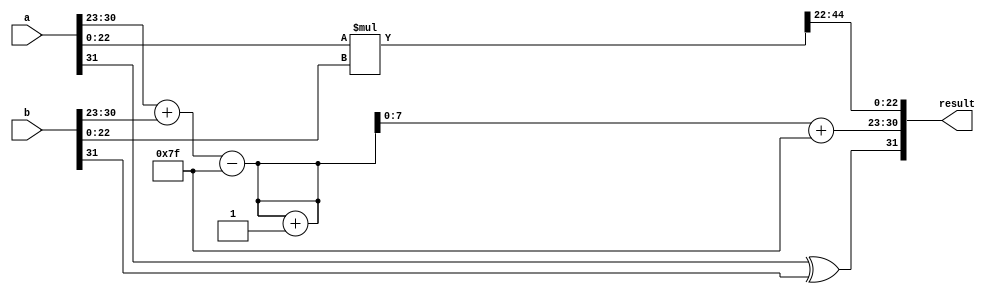
module floating_point_multiplier (
    input  wire [31:0] a,      // First floating-point number
    input  wire [31:0] b,      // Second floating-point number
    output wire [31:0] result   // Result of the multiplication
);

    // Extracting components of the input floating-point numbers
    wire sign_a        = a[31]; // Sign bit of first input
    wire sign_b        = b[31]; // Sign bit of second input
    wire [7:0] exponent_a = a[30:23]; // Exponent of first input
    wire [7:0] exponent_b = b[30:23]; // Exponent of second input
    wire [22:0] mantissa_a = {1'b1, a[22:0]}; // Normalized mantissa of first input (adding implicit leading 1)
    wire [22:0] mantissa_b = {1'b1, b[22:0]}; // Normalized mantissa of second input (adding implicit leading 1)

    // Intermediate signals
    wire sign_result = sign_a ^ sign_b; // Sign of the result
    wire [7:0] bias = 8'd127; // Bias for single precision
    wire [7:0] exponent_result;
    wire [47:0] mantissa_product; // 47-bit product for mantissa
    wire [24:0] normalized_mantissa; // 24-bit normalized mantissa
    wire [8:0] adjusted_exponent; // For normalization adjustment

    // Exponent calculation
    assign adjusted_exponent = {1'b0, exponent_a} + {1'b0, exponent_b} - bias; // Calculate new exponent
    assign exponent_result = adjusted_exponent[7:0]; // Use lower 8 bits for final exponent

    // Mantissa multiplication
    assign mantissa_product = mantissa_a * mantissa_b;

    // Normalization logic
    assign normalized_mantissa = (mantissa_product[47]) ? mantissa_product[46:23] : mantissa_product[45:22]; 
    // If leading bit is 1, keep it as is; else shift right by one
    assign adjusted_exponent = adjusted_exponent + (mantissa_product[47] ? 8'd0 : 8'd1); // Adjust exponent based on normalization

    // Final assembly of the result
    assign result = {sign_result, (adjusted_exponent[7:0] + bias), normalized_mantissa[22:0]};

endmodule